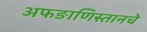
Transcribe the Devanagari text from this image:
अफङाणिस्तानचे